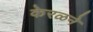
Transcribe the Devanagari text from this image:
केरळने